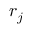
\boldsymbol { r } _ { j }